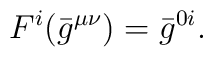
{}F^i ({\bar{g}}^{\mu \nu}) = {\bar{g}}^{0i}.